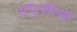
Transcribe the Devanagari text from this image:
गॉट्शैल्क